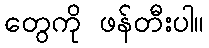
တွေကို ဖန်တီးပါ။